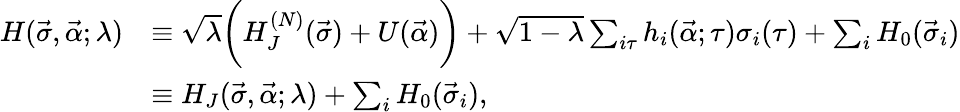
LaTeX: \begin{array}{rl}{H(\vec{\sigma},\vec{\alpha};\lambda)}&{\equiv\sqrt{\lambda}\bigg(H_{J}^{(N)}(\vec{\sigma})+U(\vec{\alpha})\bigg)+\sqrt{1-\lambda}\sum_{i\tau}h_{i}(\vec{\alpha};\tau)\sigma_{i}(\tau)+\sum_{i}H_{0}(\vec{\sigma}_{i})}\\ &{\equiv H_{J}(\vec{\sigma},\vec{\alpha};\lambda)+\sum_{i}H_{0}(\vec{\sigma}_{i}),}\end{array}